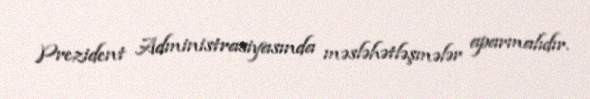
Prezident Administrasiyasında məsləhətləşmələr aparmalıdır.